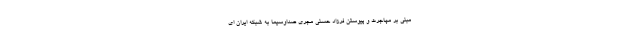
مبنی بر مهاجرت و پیوستن فرزاد حسنی مجری صداوسیما به شبکه ایران ای